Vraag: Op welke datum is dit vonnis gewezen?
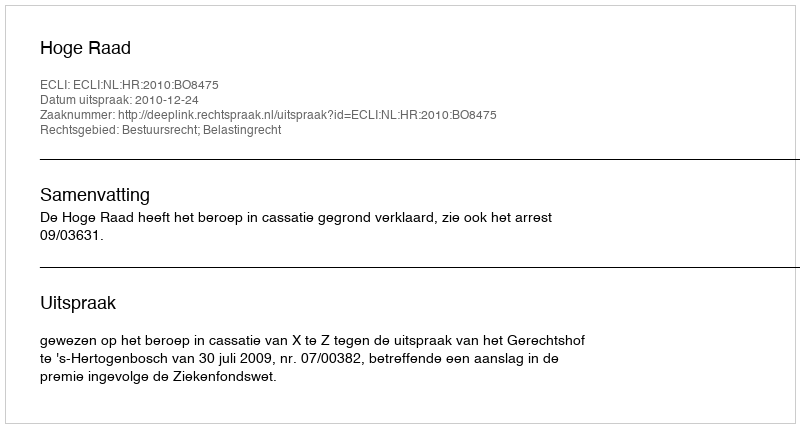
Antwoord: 2010-12-24